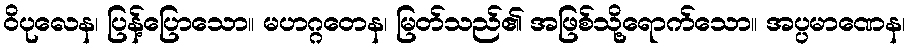
ဝိပုလေန၊ ပြန့်ပြောသော။ မဟဂ္ဂတေန၊ မြတ်သည်၏ အဖြစ်သို့ရောက်သော။ အပ္ပမာဏေန၊